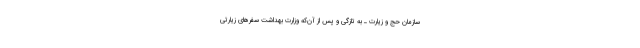
سازمان حج و زیارت ـ به تازگی و پس از آن‌که وزارت بهداشت سفرهای زیارتی